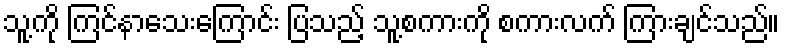
သူ့ကို ကြင်နာသေးကြောင်း ပြသည့် သူ့စကားကို စကားလက် ကြားချင်သည်။